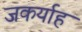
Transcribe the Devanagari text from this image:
जकर्याह